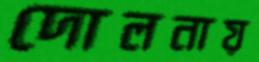
দোলনায়